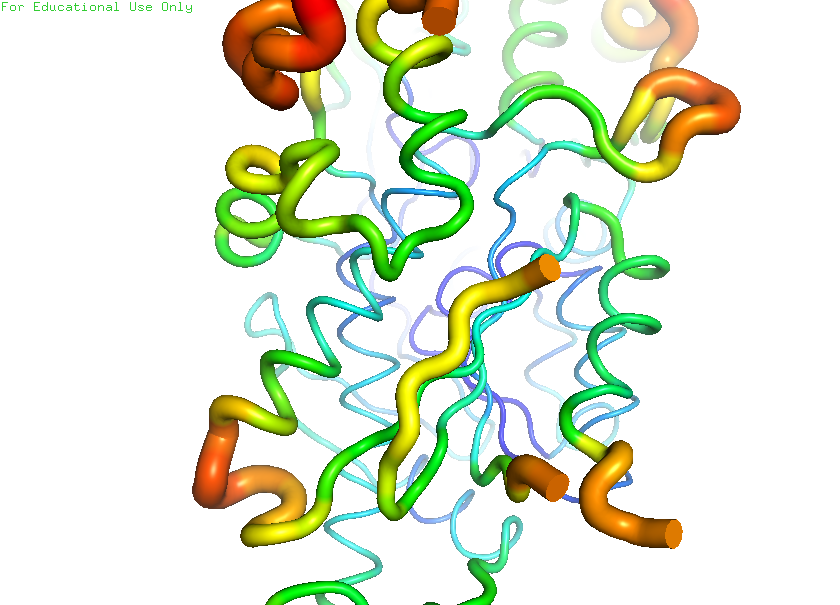
pymol, preset, b_factor_putty